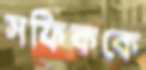
সফিককে